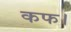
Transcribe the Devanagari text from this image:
कफ।